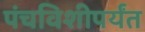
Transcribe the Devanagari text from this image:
पंचविशीपर्यंत